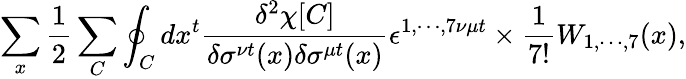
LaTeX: \sum_{x}\frac{1}{2}\sum_{C}\oint_{C}dx^{t}\frac{\delta^{2}\chi[C]}{\delta\sigma^{\nu t}(x)\delta\sigma^{\mu t}(x)}\epsilon^{1,\cdots,7\nu\mu t}\times\frac{1}{7!}W_{1,\cdots,7}(x),